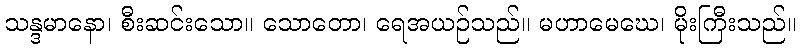
သန္ဒမာနော၊ စီးဆင်းသော။ သောတော၊ ရေအယဉ်သည်။ မဟာမေဃေ၊ မိုးကြီးသည်။